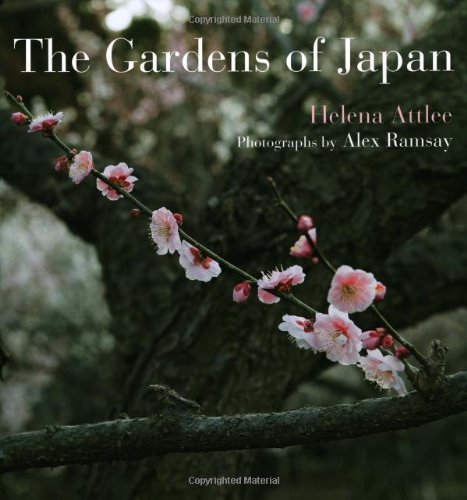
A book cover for The Gardens of Japan; Helena Attlee; Crafts, Hobbies & Home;